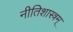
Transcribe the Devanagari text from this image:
नीतिशास्त्रम्‌